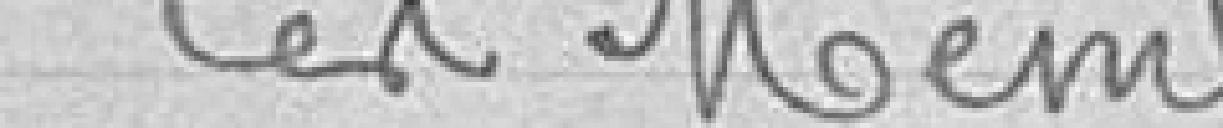
Les membres